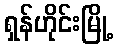
ရှန်ဟိုင်းမြို့